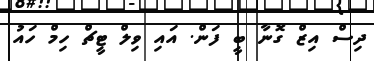
ދިސް އިޒް ގޮނާ ބީ ފަން. އައި ވިލް ޓީޗް ހިމް ހައު